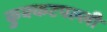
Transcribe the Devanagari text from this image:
कुक्कटपल्ली